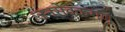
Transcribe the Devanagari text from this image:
जनसेवकगण